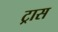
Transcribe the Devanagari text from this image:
ट्रास